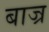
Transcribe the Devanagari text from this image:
बाज्र